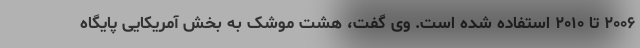
۲۰۰۶ تا ۲۰۱۰ استفاده شده است. وی گفت، هشت موشک به بخش آمریکایی پایگاه